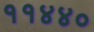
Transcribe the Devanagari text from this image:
११४४०